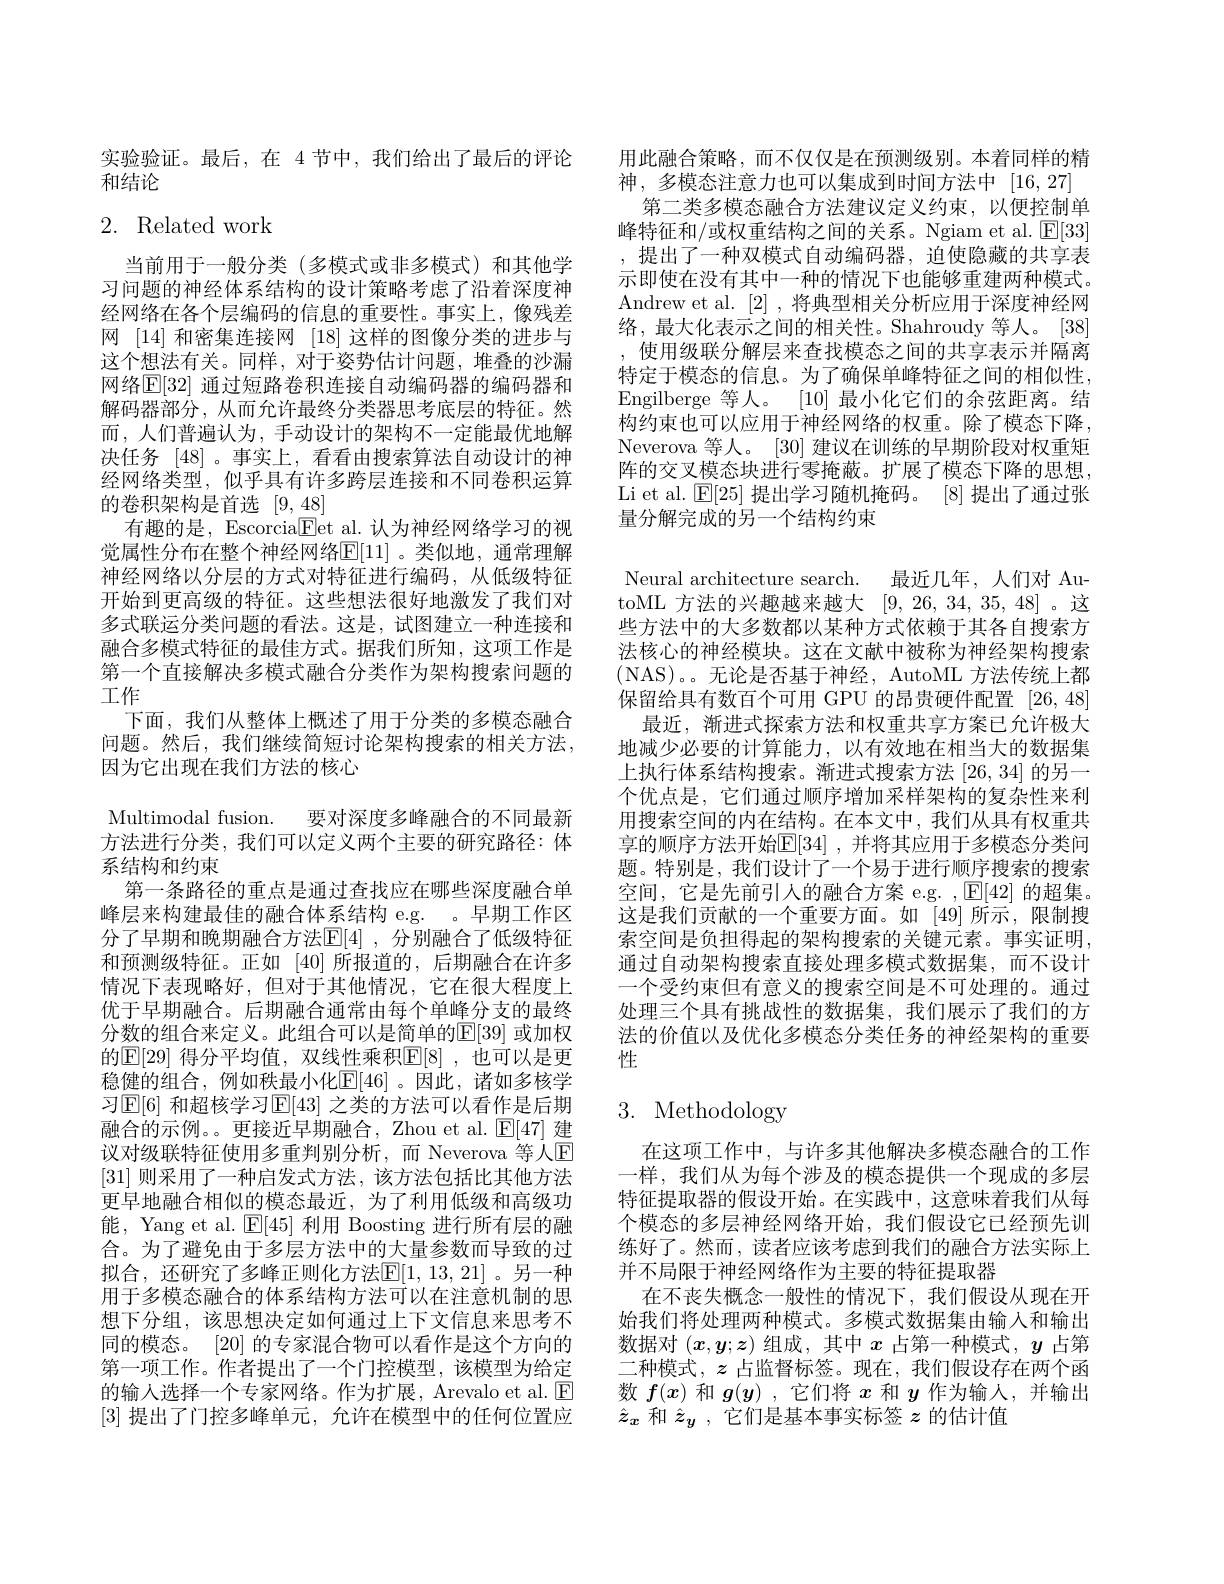
实验验证。最后，在 4节中，我们给出了最后的评论
和结论

# 2. Related work

当前用于一般分类(多模式或非多模式)和其他学习问题的神经体系结构的设计策略考虑了沿着深度神经网络在各个层编码的信息的重要性。事实上，像残差网 [14] 和密集连接网 [18] 这样的图像分类的进步与这个想法有关。同样，对于姿势估计问题，堆叠的沙漏网络$\mathbb{E}[32]$ 通过短路卷积连接自动编码器的编码器和解码器部分，从而允许最终分类器思考底层的特征。然而，人们普遍认为，手动设计的架构不一定能最优地解决任务[48] 。事实上，看看由搜索算法自动设计的神经网络类型，似乎具有许多跨层连接和不同卷积运算的卷积架构是首选[9,48]
有趣的是，Escorcia$\underline{\mathrm{E}}$et al. 认为神经网络学习的视觉属性分布在整个神经网络$\mathbb{E}[11]$ 。类似地，通常理解神经网络以分层的方式对特征进行编码，从低级特征开始到更高级的特征。这些想法很好地激发了我们对多式联运分类问题的看法。这是，试图建立一种连接和融合多模式特征的最佳方式。据我们所知，这项工作是第一个直接解决多模式融合分类作为架构搜索问题的工作
下面，我们从整体上概述了用于分类的多模态融合问题。然后，我们继续简短讨论架构搜索的相关方法， 因为它出现在我们方法的核心
Multimodal fusion. 要对深度多峰融合的不同最新方法进行分类，我们可以定义两个主要的研究路径：体系结构和约束
第一条路径的重点是通过查找应在哪些深度融合单峰层来构建最佳的融合体系结构 e.g. 。早期工作区分了早期和晚期融合方法$\mathbb{E}[4]$ ,分别融合了低级特征和预测级特征。正如[40]所报道的，后期融合在许多情况下表现略好，但对于其他情况，它在很大程度上优于早期融合。后期融合通常由每个单峰分支的最终分数的组合来定义。此组合可以是简单的$\mathbb{E}[39]$ 或加权的$\mathbb{E}[29]$ 得分平均值，双线性乘积$\mathbb{E}[8]$ ,也可以是更稳健的组合，例如秩最小化$\mathbb{E}[46]$。因此，诸如多核学习$\operatorname{E[6]}$ 和超核学习$\operatorname{E[43]}$ 之类的方法可以看作是后期融合的示例。。更接近早期融合，Zhou et al. $\mathbb{E}[47]$建议对级联特征使用多重判别分析，而 Neverova 等人$\mathbb{E}$ [31]则采用了一种启发式方法，该方法包括比其他方法更早地融合相似的模态最近，为了利用低级和高级功能，Yang et al. $\operatorname{E}[45]$利用 Boosting 进行所有层的融合。为了避免由于多层方法中的大量参数而导致的过拟合，还研究了多峰正则化方法$\mathbb{E}[1,13,21]$。另一种用于多模态融合的体系结构方法可以在注意机制的思想下分组，该思想决定如何通过上下文信息来思考不同的模态。[20]的专家混合物可以看作是这个方向的第一项工作。作者提出了一个门控模型，该模型为给定的输人选择一个专家网络。作为扩展，Arevalo et al. $\underline{\mathrm{E}}$ [3]提出了门控多峰单元，允许在模型中的任何位置应

用此融合策略，而不仅仅是在预测级别。本着同样的精
神，多模态注意力也可以集成到时间方法中[16,27]
第二类多模态融合方法建议定义约束，以便控制单峰特征和/或权重结构之间的关系。Ngiam et al. $\mathbb{E}[33]$ ,提出了一种双模式自动编码器，迫使隐藏的共享表示即使在没有其中一种的情况下也能够重建两种模式。Andrew et al. [2] ,将典型相关分析应用于深度神经网络，最大化表示之间的相关性。Shahroudy 等人。[38] , 使用级联分解层来查找模态之间的共享表示并隔离特定于模态的信息。为了确保单峰特征之间的相似性， Engilberge 等人。[10]最小化它们的余弦距离。结构约束也可以应用于神经网络的权重。除了模态下降， Neverova 等人。[30] 建议在训练的早期阶段对权重矩阵的交叉模态块进行零掩蔽。扩展了模态下降的思想， Li et al. $\mathbb{E}[25]$提出学习随机掩码。[8]提出了通过张量分解完成的另一个结构约束

Neural architecture search. 最近几年，人们对 AutoML 方法的兴趣越来越大 [9,26,34,35,48]。这些方法中的大多数都以某种方式依赖于其各自搜索方法核心的神经模块。这在文献中被称为神经架构搜索(NAS)。。无论是否基于神经，AutoML 方法传统上都保留给具有数百个可用 GPU 的昂贵硬件配置 [26,48]
最近，渐进式探索方法和权重共享方案已允许极大地减少必要的计算能力，以有效地在相当大的数据集上执行体系结构搜索。渐进式搜索方法[26,34]的另一个优点是，它们通过顺序增加采样架构的复杂性来利用搜索空间的内在结构。在本文中，我们从具有权重共享的顺序方法开始$\mathbb{E}[34]$ ,并将其应用于多模态分类问题。特别是，我们设计了一个易于进行顺序搜索的搜索空间，它是先前引入的融合方案 e.g. $,\mathbb{E}[42]$的超集。这是我们贡献的一个重要方面。如[49]所示，限制搜索空间是负担得起的架构搜索的关键元素。事实证明， 通过自动架构搜索直接处理多模式数据集，而不设计一个受约束但有意义的搜索空间是不可处理的。通过处理三个具有挑战性的数据集，我们展示了我们的方法的价值以及优化多模态分类任务的神经架构的重要性

# 3. Methodology

在这项工作中，与许多其他解决多模态融合的工作一样，我们从为每个涉及的模态提供一个现成的多层特征提取器的假设开始。在实践中，这意味着我们从每个模态的多层神经网络开始，我们假设它已经预先训练好了。然而，读者应该考虑到我们的融合方法实际上并不局限于神经网络作为主要的特征提取器
在不丧失概念一般性的情况下，我们假设从现在开始我们将处理两种模式。多模式数据集由输入和输出数据对$(x,y;z)$组成，其中$x$占第一种模式，$y$占第二种模式，$z$占监督标签。现在，我们假设存在两个函数$f(x$)和$g(y)$ ,它们将$x$和$y$作为输入，并输出$\hat{z}_x$和$\hat{z}_y$,它们是基本事实标签$z$的估计值